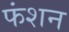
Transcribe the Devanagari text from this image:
फंशन